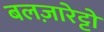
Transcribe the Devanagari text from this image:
बलज़ारेट्टो